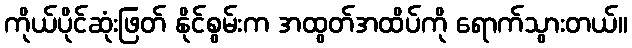
ကိုယ်ပိုင်ဆုံးဖြတ် နိုင်စွမ်းက အထွတ်အထိပ်ကို ရောက်သွားတယ်။